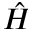
\hat { H }